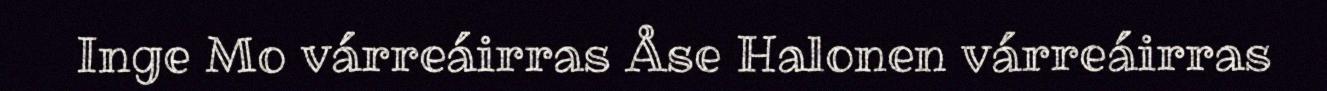
Inge Mo várreáirras Åse Halonen várreáirras